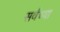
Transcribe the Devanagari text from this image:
सर्वंच्या